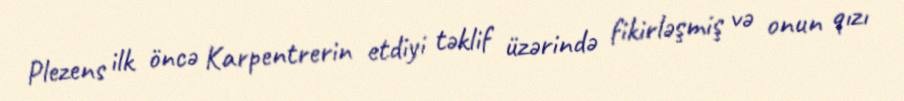
Plezens ilk öncə Karpentrerin etdiyi təklif üzərində fikirləşmiş və onun qızı